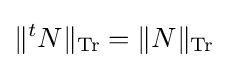
\|{}^{t}N\|_{\operatorname {Tr} }=\|N\|_{\operatorname {Tr} }